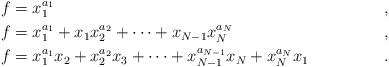
LaTeX: \begin{align*} f &= x_1^{a_1} &, \\ f &= x_1^{a_1} + x_1 x_2^{a_2} + \dots + x_{N-1} x_N^{a_N} &, \\ f &= x_1^{a_1}x_2 + x_2^{a_2}x_3 + \dots + x_{N-1}^{a_{N-1}}x_N + x_N^{a_N}x_1 &. \end{align*}